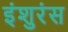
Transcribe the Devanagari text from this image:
इंशुरंस